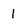
Character: l